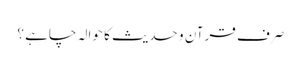
صرف قرآن و حدیث کا حوالہ چاہے ؟